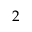
2